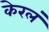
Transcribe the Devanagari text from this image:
केरलं